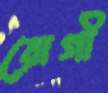
রোগী